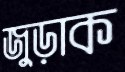
জুড়াক